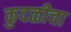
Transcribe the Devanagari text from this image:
कुदळीचा